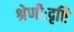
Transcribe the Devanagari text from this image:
श्रेणीःदृष्टि